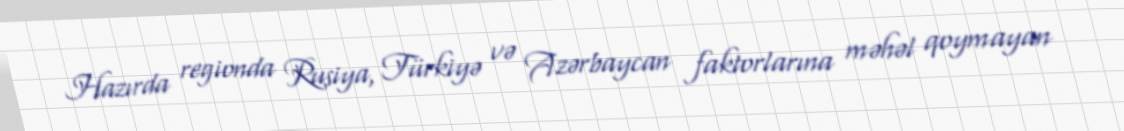
Hazırda regionda Rusiya, Türkiyə və Azərbaycan faktorlarına məhəl qoymayan